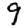
Digit: 9